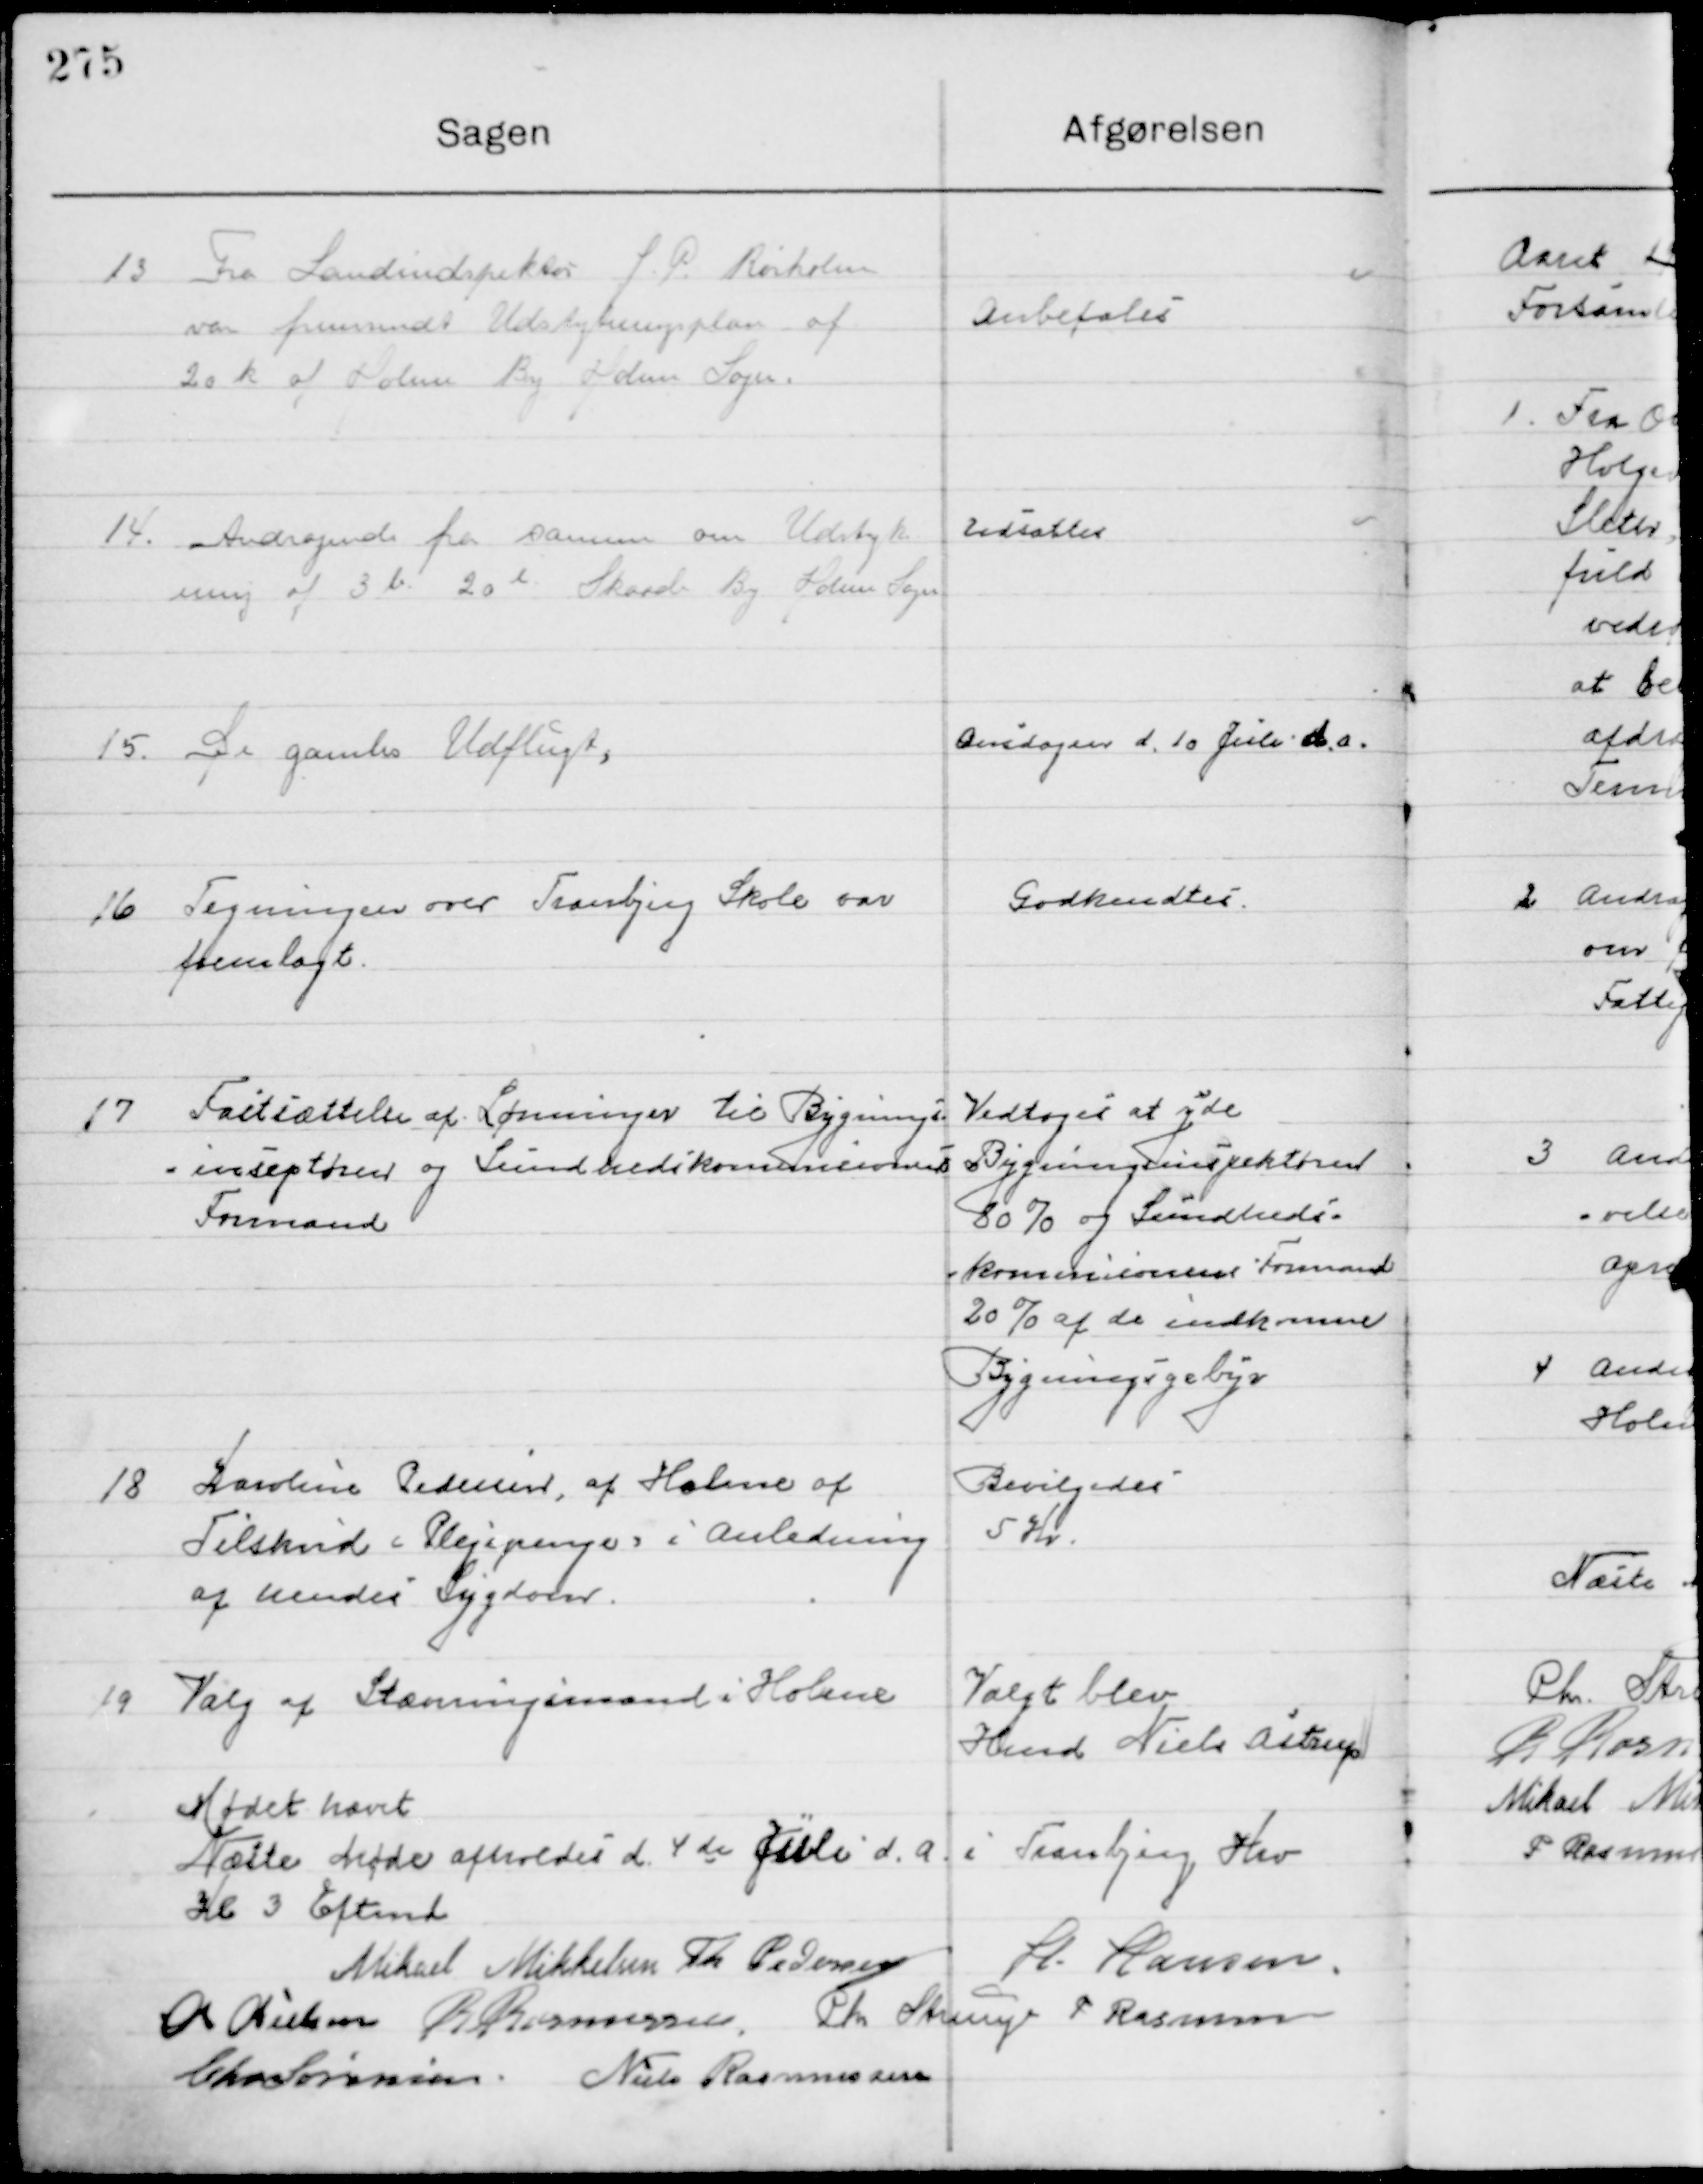
Transskription:
13

Fra Landinspektør L. P. Rørholm
var fremsendt Udstykningsplan af 
20 K af Holme By, Holme Sogn

Anbefales

14

Andragende fra samme om Udstyk-
ning af 3 b 20 l Skaade By, Holme Sogn

Udsattes

15

De gamles Udflugt

Onsdagen d. 10 Juli d. A.

16

Tegning over Tranbjerg Skole var
fremlagt

Godkendtes

17

Fastsættelse af Lønninger til Bygnings-
Inspektør og Sundhedskommissions 
Formand

Vedtoges at yde
Bygningsinspektøren
80 % og Sundheds
kommissionens Formand 
20 % af de indkomne
Bygningsgebyrer

18

Kaoline Pedersen, af Holme af
Tilskud i Plejepenge i Anledning 
Af hendes Sygdom

Bevilgedes
5 Kr.

19

Valg af Stævningsmand i Holme

Valgt blev
Hmd. Niels Astrup

Mødet hævet
Næste Møde afholdes d. 4de juli d. A. i Tranbjerg Herv. 
Kl. 3 Efmd.

Mikael Mikkelsen
Th. Pedersen
H. Hansen
M. Nielsen
R. Rasmussen
Chr. Strunge
P. Rasmussen
Chr. Sørensen
Niels Rasmussen